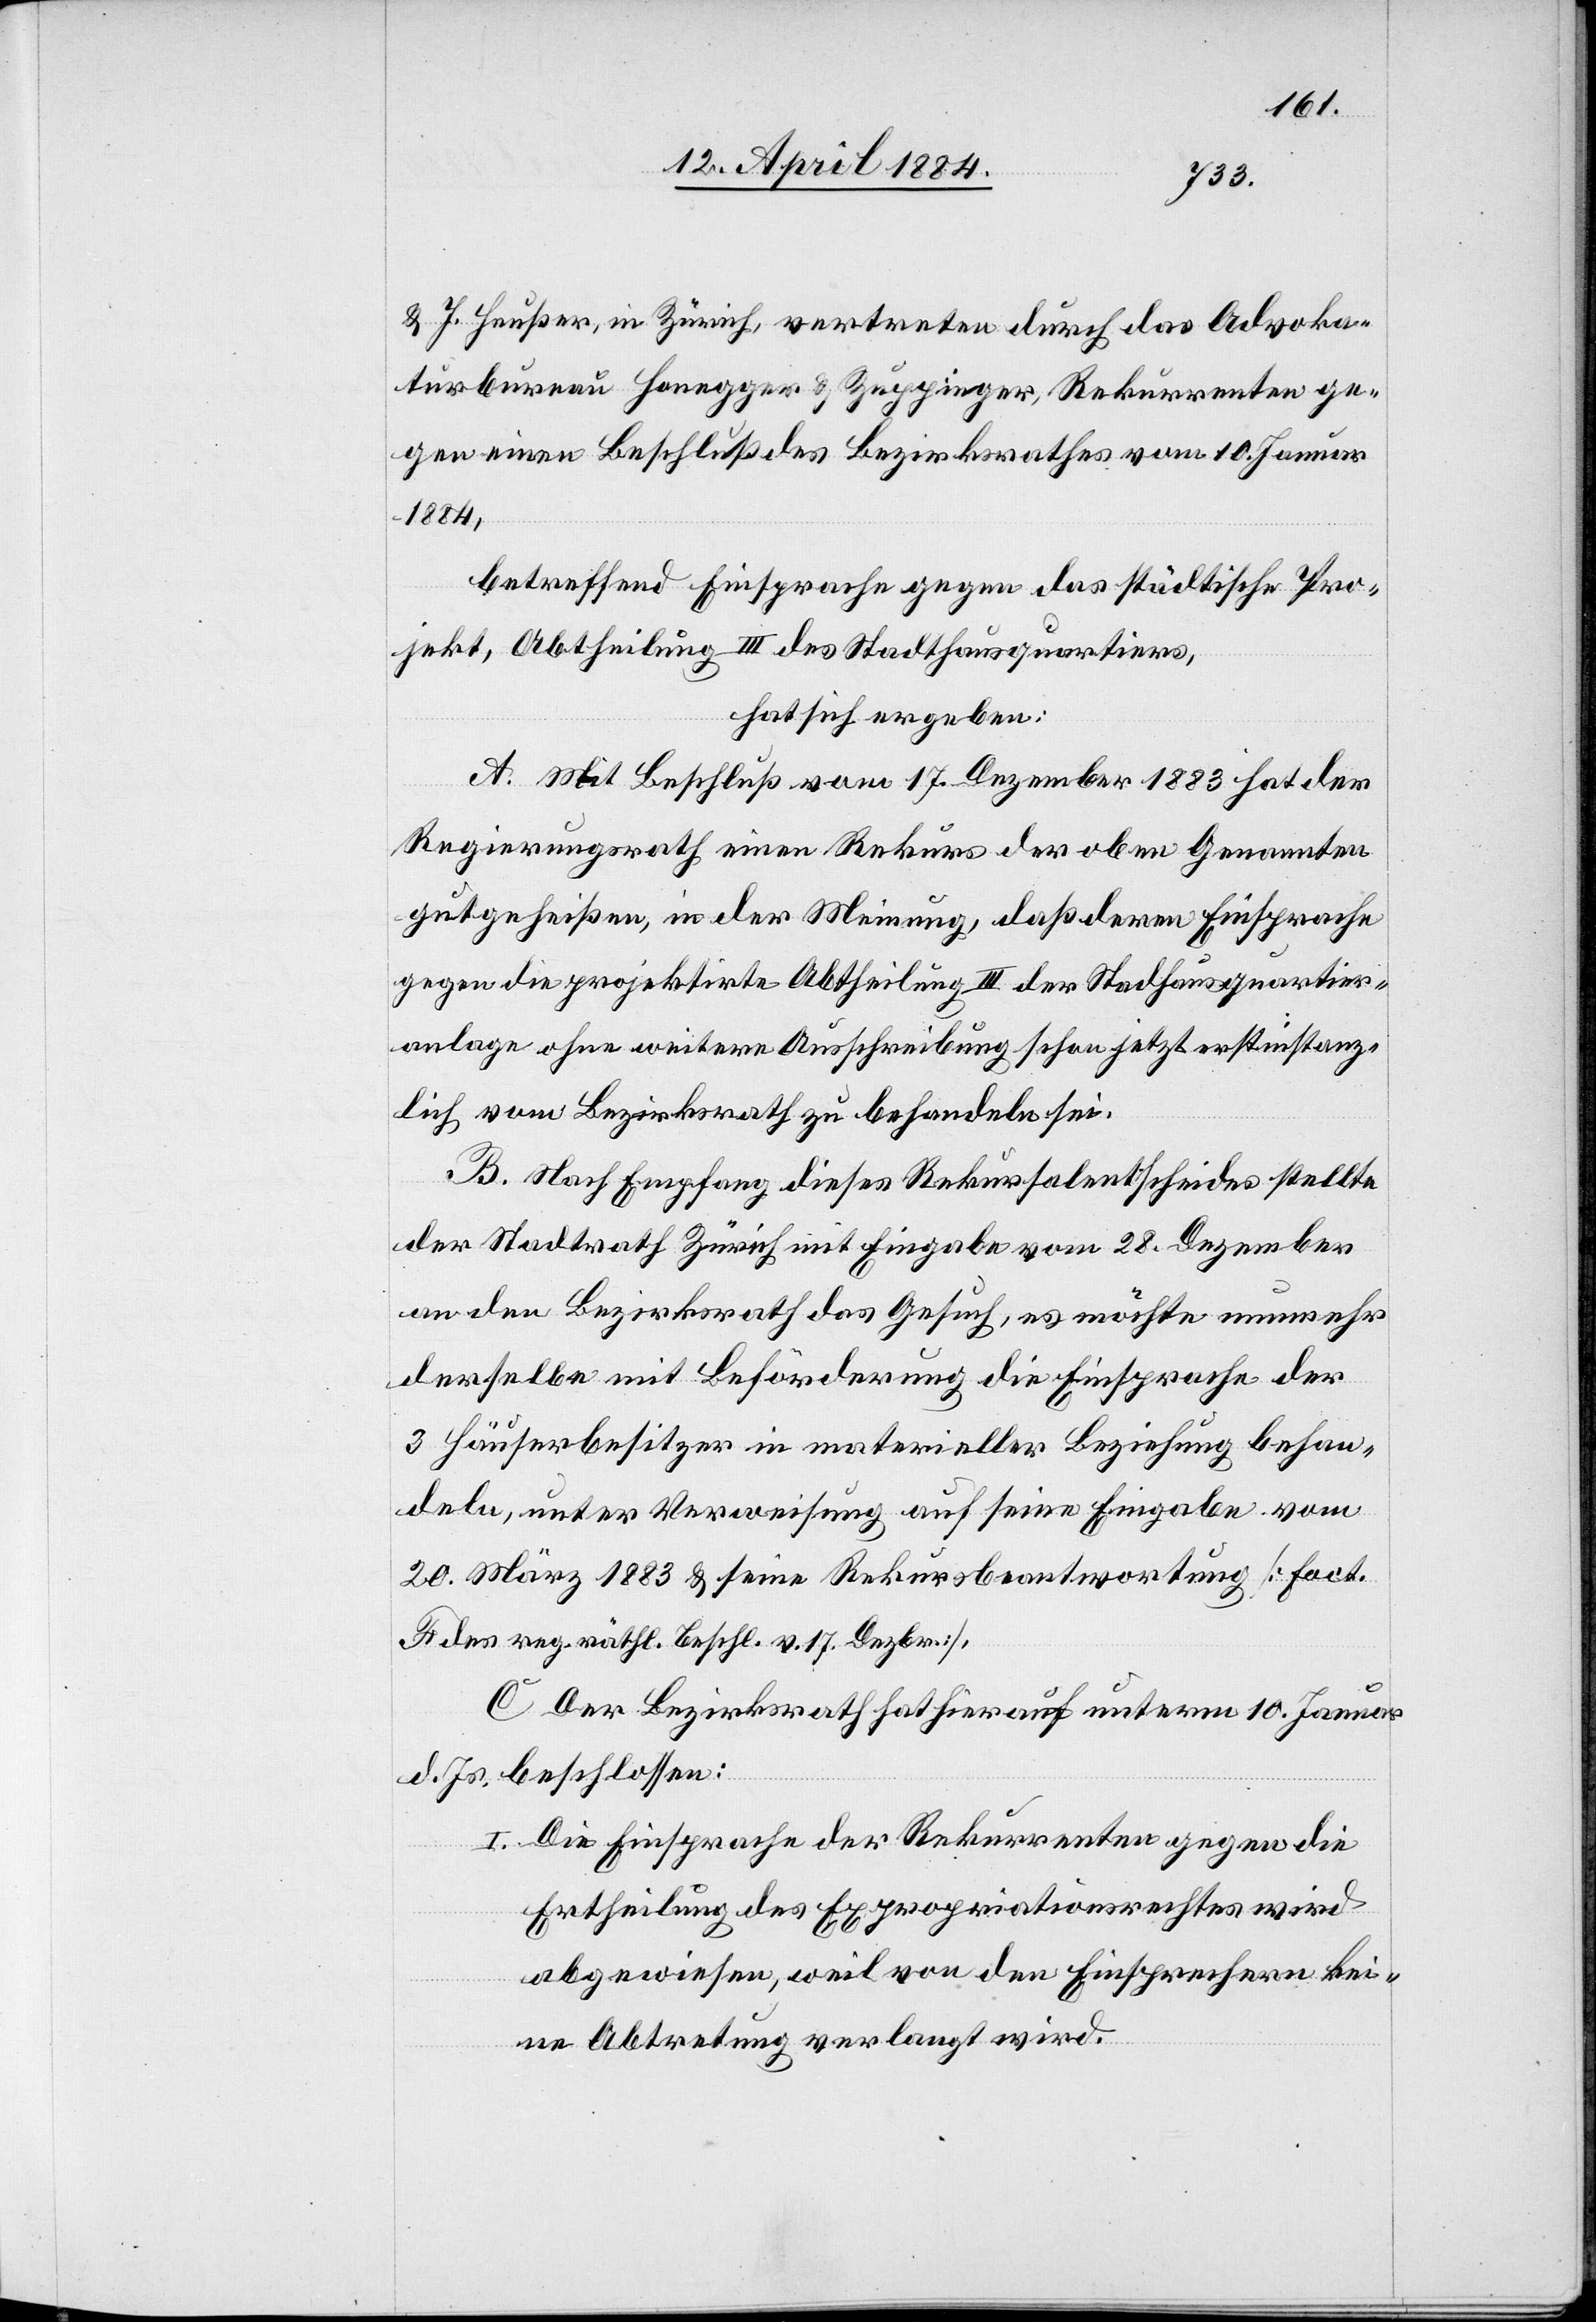
& J. Heußer, in Zürich, vertreten durch das Advoka¬
turbureau Honegger & Zuppinger, Rekurrenten ge¬
gen einen Beschluß des Bezirksrathes vom 10. Januar
1884,
betreffend Einsprache gegen das städtische Pro¬
jekt, Abtheilung III des Stadthausquartiers,
hat sich ergeben:
A. Mit Beschluß vom 17. Dezember 1883 hat der
Regierungsrath einen Rekurs der oben Genannten
gutgeheißen, in der Meinung, daß deren Einsprache
gegen die projektirte Abtheilung III der Stadthausquartier¬
anlage ohne weitere Ausschreibung schon jetzt erstinstanz¬
lich vom Bezirksrath zu behandeln sei.
B. Nach Empfang dieses Rekursalentscheides stellte
der Stadtrath Zürich mit Eingabe vom 28. Dezember
an den Bezirksrath das Gesuch, es möchte nunmehr
derselbe mit Beförderung die Einsprache der
3 Häuserbesitzer in materieller Beziehung behan¬
deln, unter Verweisung auf seine Eingabe vom
20. März 1883 & seine Rekursbeantwortung [fact.
F des reg. räthl. Beschl. v. 17. Dezbr.].
C. Der Bezirksrath hat hierauf unterm 10. Januar
d. Js. beschlossen:
I. Die Einsprache der Rekurrenten gegen die
Ertheilung des Expropriationsrechtes wird
abgewiesen, weil von den Einsprechern kei¬
ne Abtretung verlangt wird.